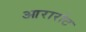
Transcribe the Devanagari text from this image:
आरारोट